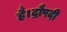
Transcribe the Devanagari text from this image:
है।द्रौपदी